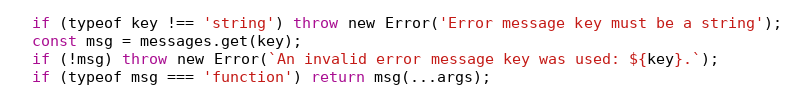
Language: JavaScript
  if (typeof key !== 'string') throw new Error('Error message key must be a string');
  const msg = messages.get(key);
  if (!msg) throw new Error(`An invalid error message key was used: ${key}.`);
  if (typeof msg === 'function') return msg(...args);